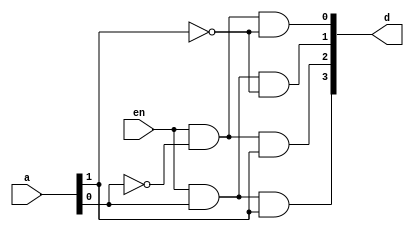
// defining 2 to 4 decoder
module _2to4 (a,en,d);
input [1:0] a;
input en;
output [3:0] d;

// base cases
assign d[0]=en & ~a[0] & ~a[1];
assign d[1]=en & a[0] & ~a[1];
assign d[2]=en & ~a[0] & a[1];
assign d[3]=en & a[0] & a[1];
endmodule